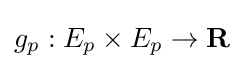
g_{p}:E_{p}\times E_{p}\to \mathbf {R}